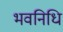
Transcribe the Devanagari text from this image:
भवनिधि